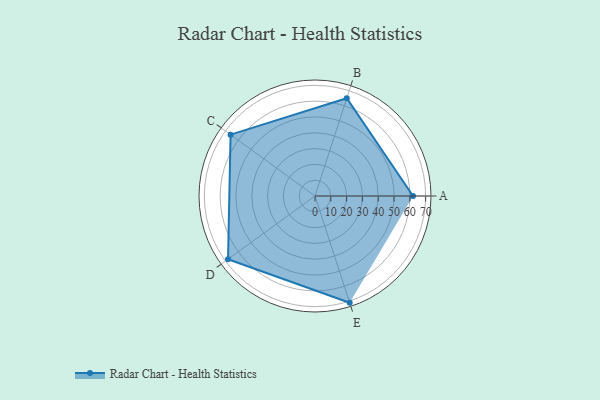
{"axis": {"x": "Skill", "y": "Score"}, "legend": ["Profile"], "data": [{"x": "A", "y": 62.0, "type": "Profile"}, {"x": "B", "y": 65.0, "type": "Profile"}, {"x": "C", "y": 66.0, "type": "Profile"}, {"x": "D", "y": 68.0, "type": "Profile"}, {"x": "E", "y": 71.0, "type": "Profile"}]}